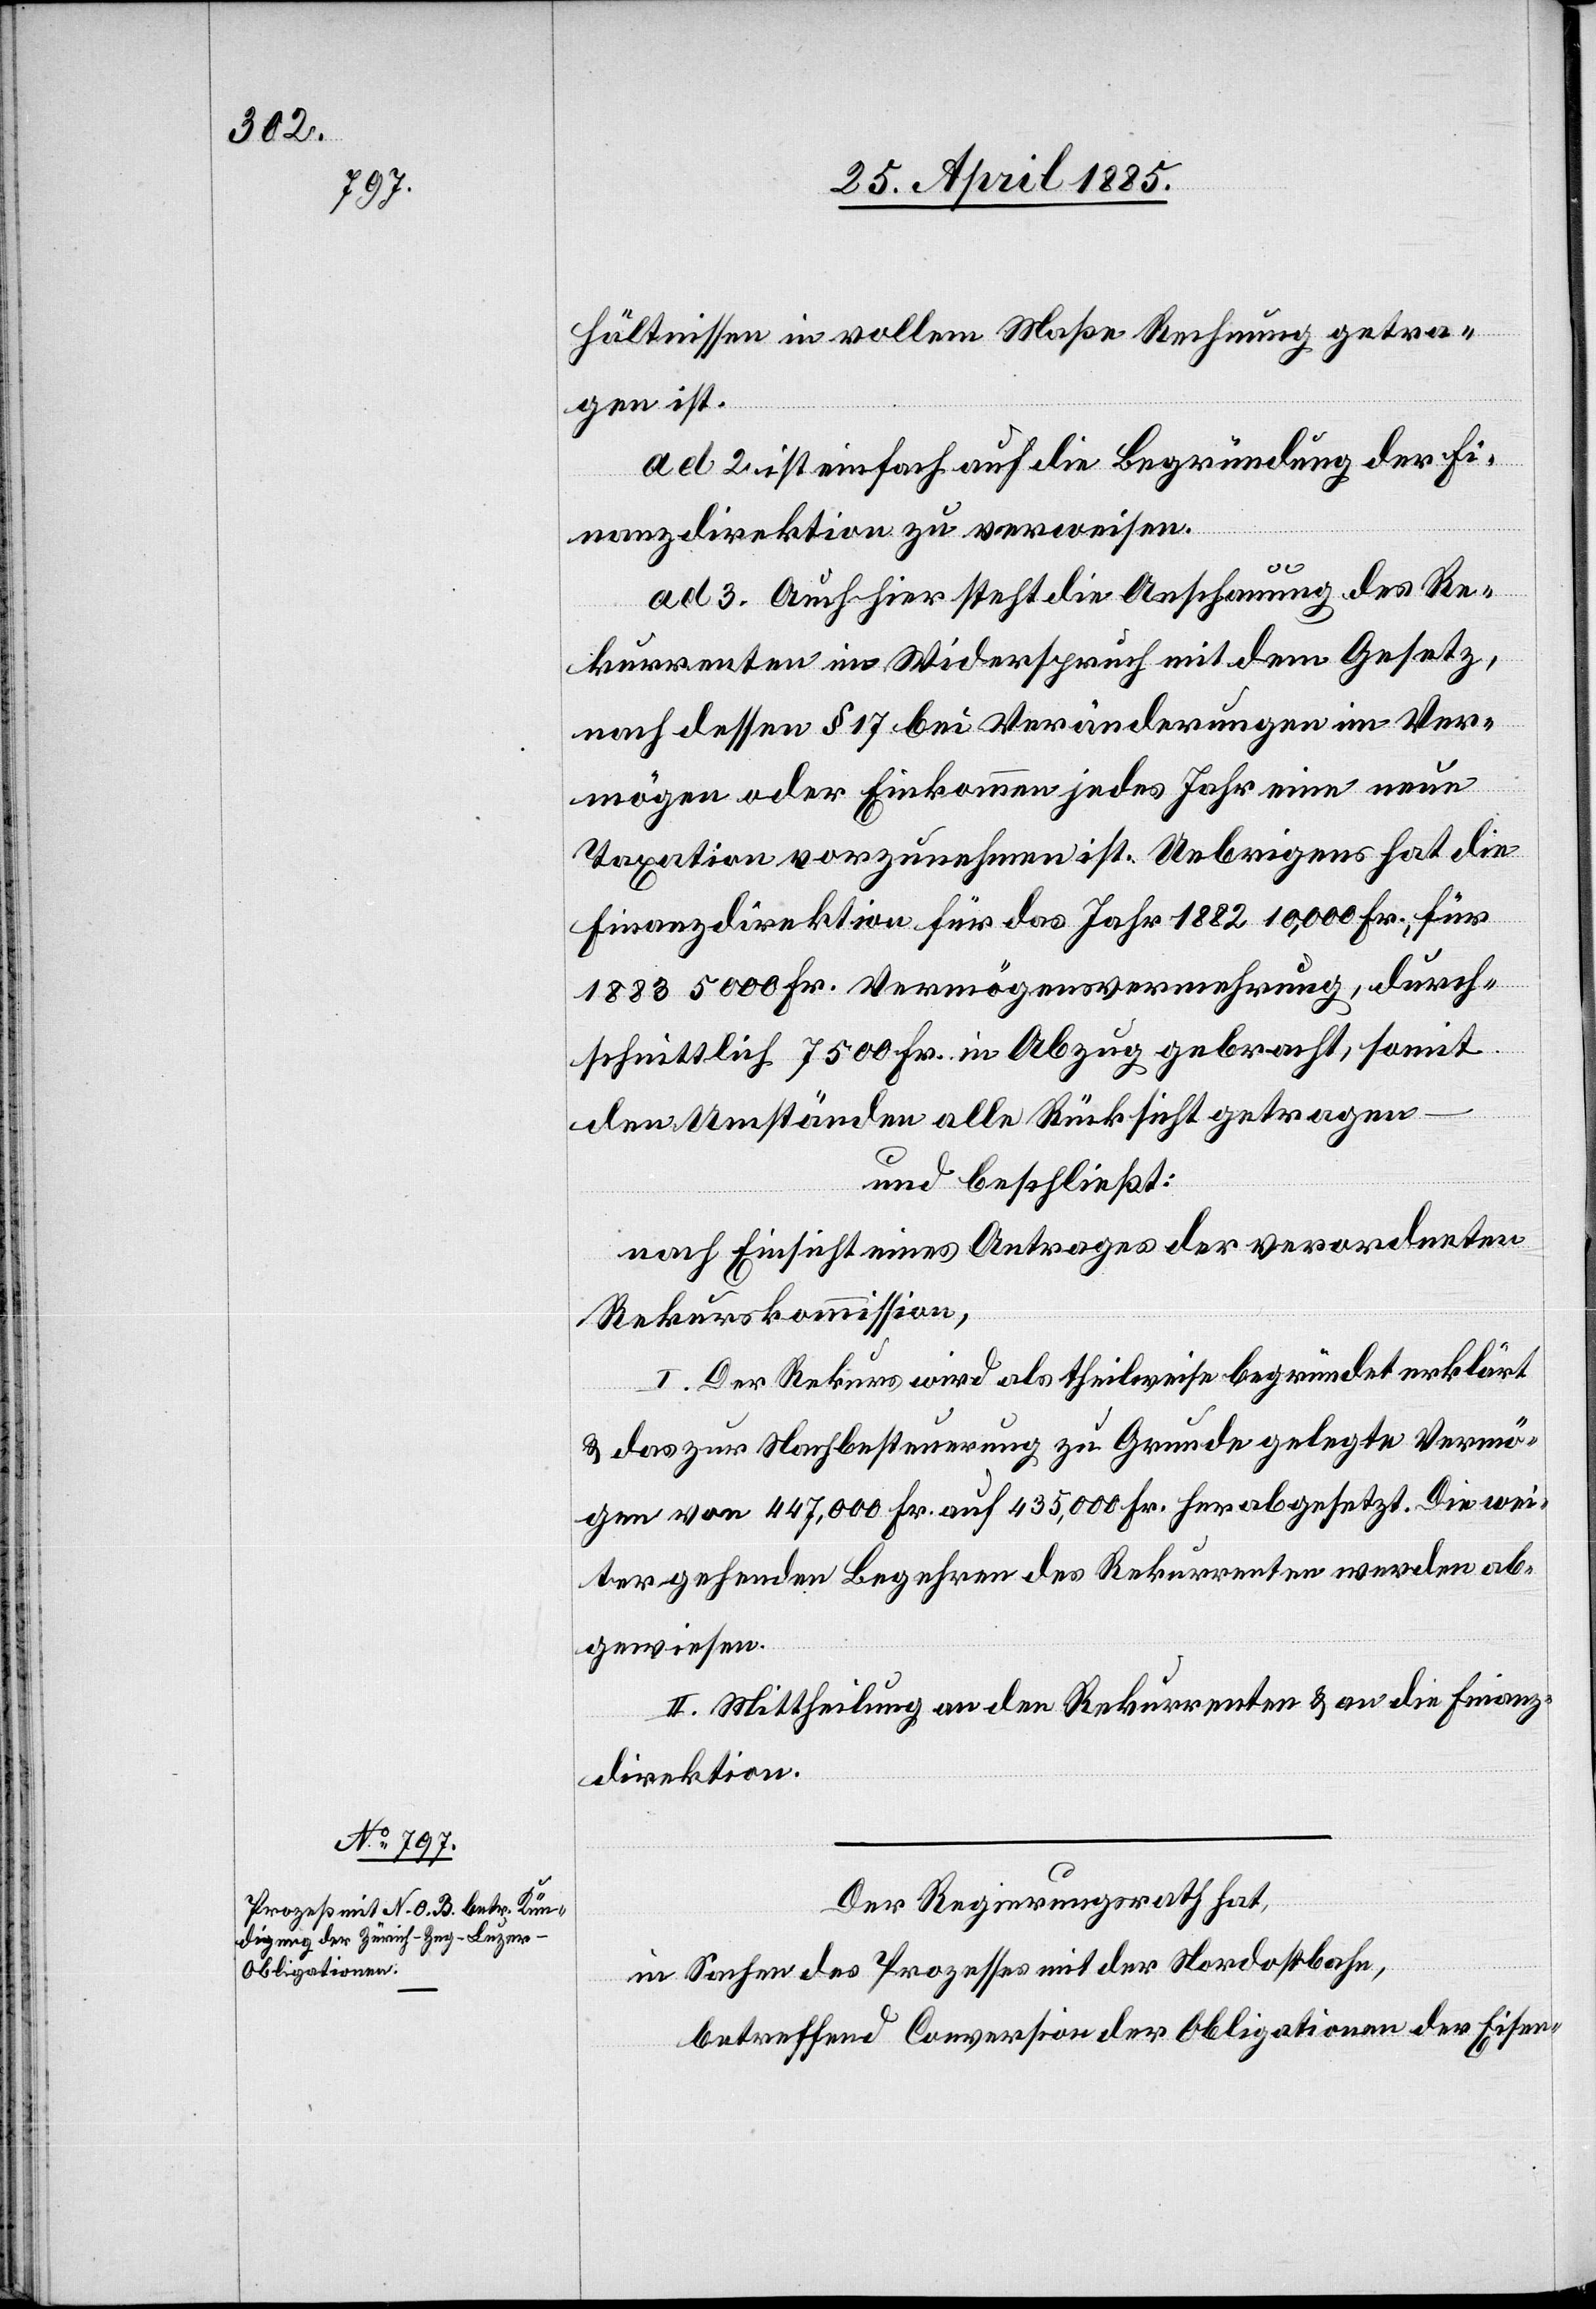
hältnissen in vollem Maße Rechnung getra¬
gen ist.
ad 2. ist einfach auf die Begründung der Fi¬
nanzdirektion zu verweisen.
ad 3. Auch hier steht die Anschauung des Re¬
kurrenten im Widerspruch mit dem Gesetz,
nach dessen § 17 bei Veränderungen im Ver¬
mögen oder Einkommen jedes Jahr eine neue
Taxation vorzunehmen ist. Uebrigens hat die
Finanzdirektion für das Jahr 1882 10,000 Fr., für
18883 5000 Fr. Vermögensvermehrung, durch¬
schnittlich 7500 Fr. in Abzug gebracht, somit
den Umständen alle Rücksicht getragen
und beschließt:
nach Einsicht eines Antrages der verordneten
Rekurskommission,
I. Der Rekurs wird als theilweise begründet erklärt
& das zur Nachbesteuerung zu Grunde gelegte Vermö¬
gen von 447,000 Fr. auf 435,000 Fr. herabgesetzt. Die wei¬
tergehenden Begehren des Rekurrenten werden ab¬
gewiesen.
II. Mittheilung an den Rekurrenten & an die Finanz¬
direktion.
Der Regierungsrath hat,
in Sachen des Prozesses mit der Nordostbahn,
betreffend Conversion der Obligationen der Eisen-